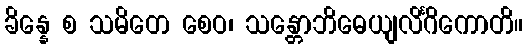
ခိန္နေ စ သမိတေ စေဝ၊ သန္တောဘိဓေယျလိင်္ဂိကောတိ။